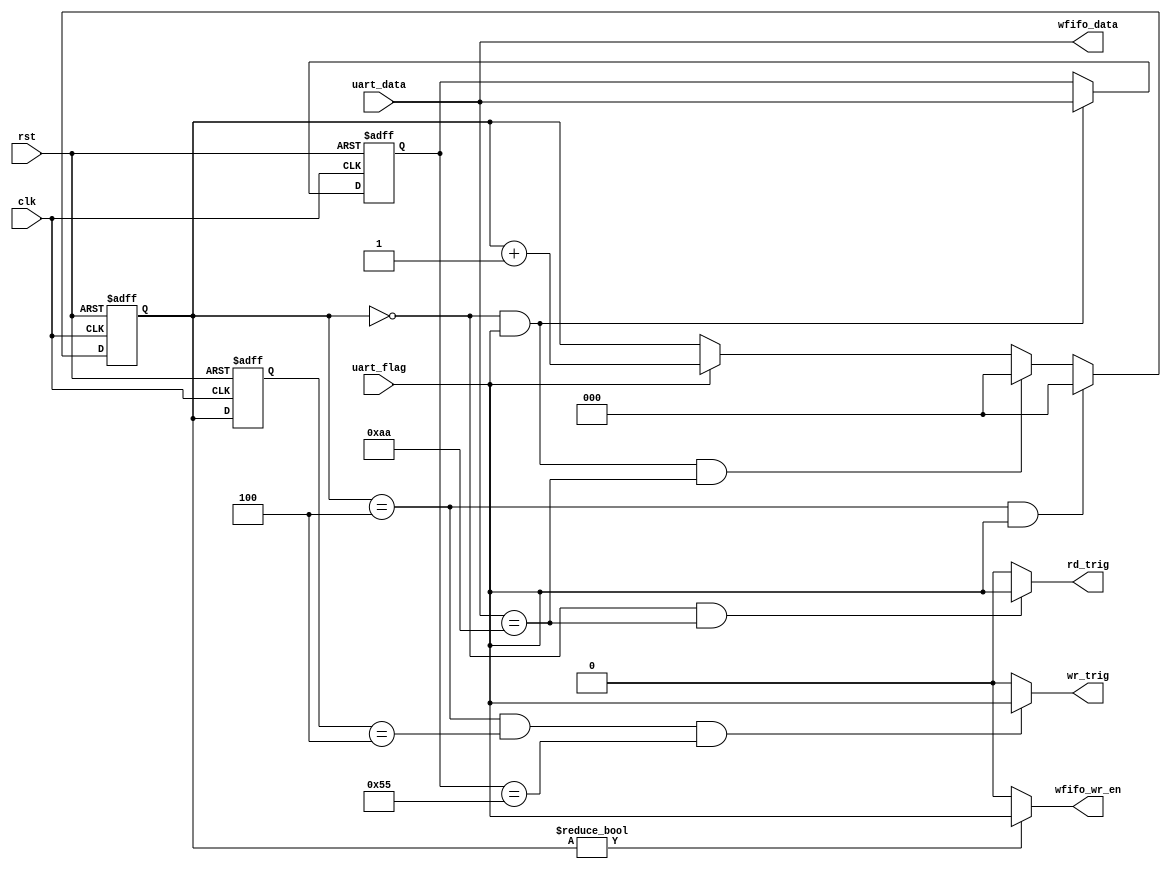
module cmd_decode(
    input                       clk,
    input                       rst,

    input                       uart_flag,
    input       [7:0]           uart_data,

    output                      wr_trig,
    output                      rd_trig,
    output                      wfifo_wr_en,
    output      [7:0]           wfifo_data
);
    
    localparam                  RECEIVE_END = 3'd4 ; 
    reg     [2:0]               receive_num,receive_num_d1;
    reg     [7:0]               cmd_reg;


    always @(posedge clk or posedge rst) begin
        if(rst)
            receive_num <= 0;
        else if( (receive_num == 'd4) && uart_flag)
            receive_num <= 0;
        else if( (receive_num == 'd0) && uart_flag && (uart_data == 8'haa))
            receive_num  <= 0;
        else if(uart_flag)
            receive_num <= receive_num + 1;
        else 
            receive_num <= receive_num;
    end

    always @(posedge clk or posedge rst) begin
        if (rst)
            receive_num_d1 <= 0;
        else
            receive_num_d1 <= receive_num;
    end
    always @(posedge clk or posedge rst) begin
        if(rst)
            cmd_reg <= 8'h00;
        else if(uart_flag && (receive_num == 'd0))
            cmd_reg <= uart_data ;
    end

    assign wr_trig = (receive_num == RECEIVE_END && receive_num_d1 == RECEIVE_END && cmd_reg == 8'h55) ? uart_flag : 1'b0;
    assign rd_trig = (receive_num == 'd0 && uart_data == 8'haa) ? uart_flag : 0;
    assign wfifo_wr_en = (receive_num != 0) ? uart_flag : 0;
    assign wfifo_data = uart_data ; 
    
endmodule